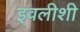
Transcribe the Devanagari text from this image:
इवलीशी